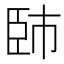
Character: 𦣢